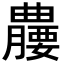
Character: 𪱘